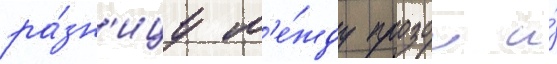
ра́зн'ицу м'е́жду прозои и́